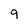
Character: 9